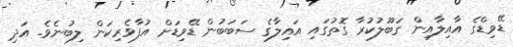
ޑޭވިޑްގެ އާއިލާއިން ގަބޫލުކުރާ ގޮތުގައި އައިލާގެ ސަބަބުން ޑޭވިޑަށް އުފާވެރިކަން ލިބުނެވެ. އަދި